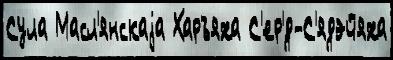
Сула Масл'янскаjа Харъяха С'ер'́д-С'ядэйяха